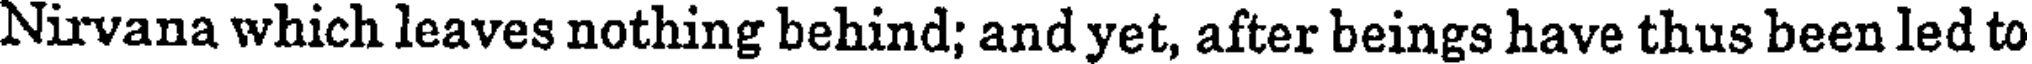
Nirvana which leaves nothing behind; and yet, after beings have thus been led to